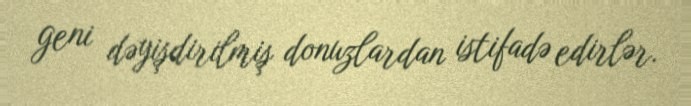
geni dəyişdirilmiş donuzlardan istifadə edirlər.